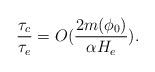
LaTeX: \begin{align*}\frac{\tau_c}{\tau_e}=O( \frac{2m(\phi_0)}{\alpha H_e}).\end{align*}